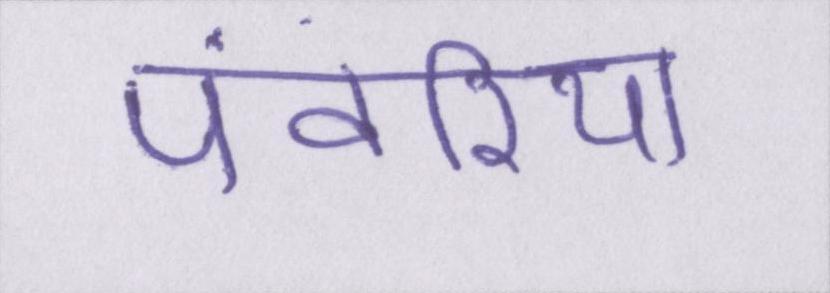
पंवरिया